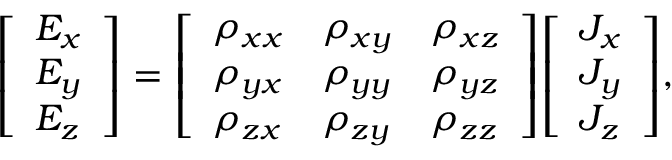
{ \left[ \begin{array} { l } { E _ { x } } \\ { E _ { y } } \\ { E _ { z } } \end{array} \right] } = { \left[ \begin{array} { l l l } { \rho _ { x x } } & { \rho _ { x y } } & { \rho _ { x z } } \\ { \rho _ { y x } } & { \rho _ { y y } } & { \rho _ { y z } } \\ { \rho _ { z x } } & { \rho _ { z y } } & { \rho _ { z z } } \end{array} \right] } { \left[ \begin{array} { l } { J _ { x } } \\ { J _ { y } } \\ { J _ { z } } \end{array} \right] } ,